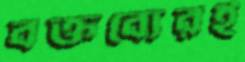
বক্তব্যেরই